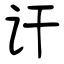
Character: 讦